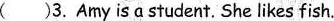
( )3. Amy isαstudent. She likes fish.